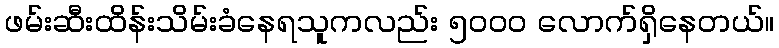
ဖမ်းဆီးထိန်းသိမ်းခံနေရသူကလည်း ၅၀၀၀ လောက်ရှိနေတယ်။